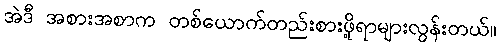
အဲဒီ အစားအစာက တစ်ယောက်တည်းစားဖို့ရာများလွန်းတယ်။